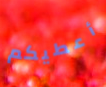
أعطيكم